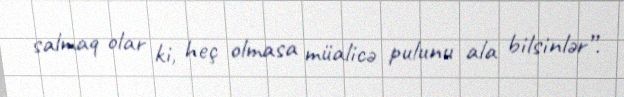
salmaq olar ki, heç olmasa müalicə pulunu ala bilsinlər”.